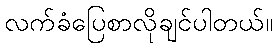
လက်ခံပြေစာလိုချင်ပါတယ်။